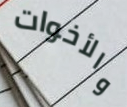
والأخوات